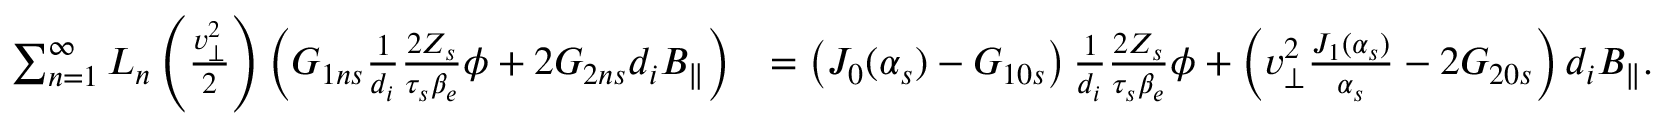
\begin{array} { r l } { \sum _ { n = 1 } ^ { \infty } L _ { n } \left( \frac { v _ { \perp } ^ { 2 } } { 2 } \right) \left( G _ { 1 n s } \frac { 1 } { d _ { i } } \frac { 2 Z _ { s } } { \tau _ { s } \beta _ { e } } \phi + 2 G _ { 2 n s } d _ { i } B _ { \parallel } \right) } & { = \left( J _ { 0 } ( \alpha _ { s } ) - G _ { 1 0 s } \right) \frac { 1 } { d _ { i } } \frac { 2 Z _ { s } } { \tau _ { s } \beta _ { e } } \phi + \left( v _ { \perp } ^ { 2 } \frac { J _ { 1 } ( \alpha _ { s } ) } { \alpha _ { s } } - 2 G _ { 2 0 s } \right) d _ { i } B _ { \parallel } . } \end{array}